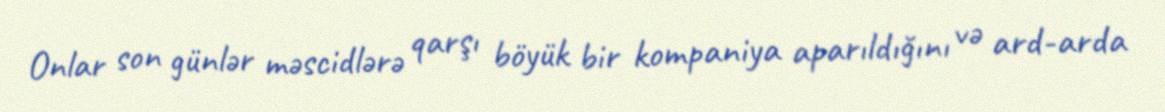
Onlar son günlər məscidlərə qarşı böyük bir kompaniya aparıldığını və ard-arda